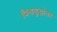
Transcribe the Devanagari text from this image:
विश्वयुद्धोत्तर